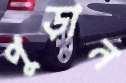
পুড়ান